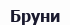
Бруни